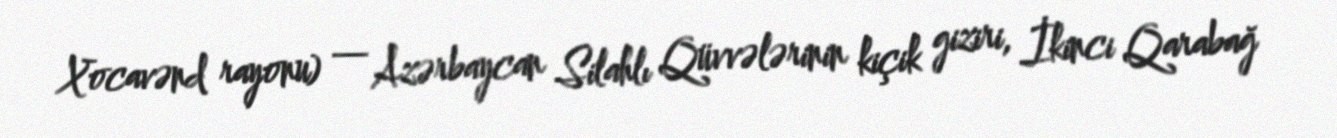
Xocavənd rayonu) — Azərbaycan Silahlı Qüvvələrinin kiçik giziri, İkinci Qarabağ